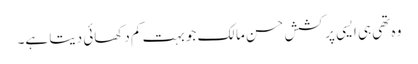
وہ تھی ہی ایسی پرکشش حسن مالک جو بہت کم دکھائی دیتا ہے۔